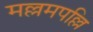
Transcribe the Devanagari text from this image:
मल्लमपल्लि